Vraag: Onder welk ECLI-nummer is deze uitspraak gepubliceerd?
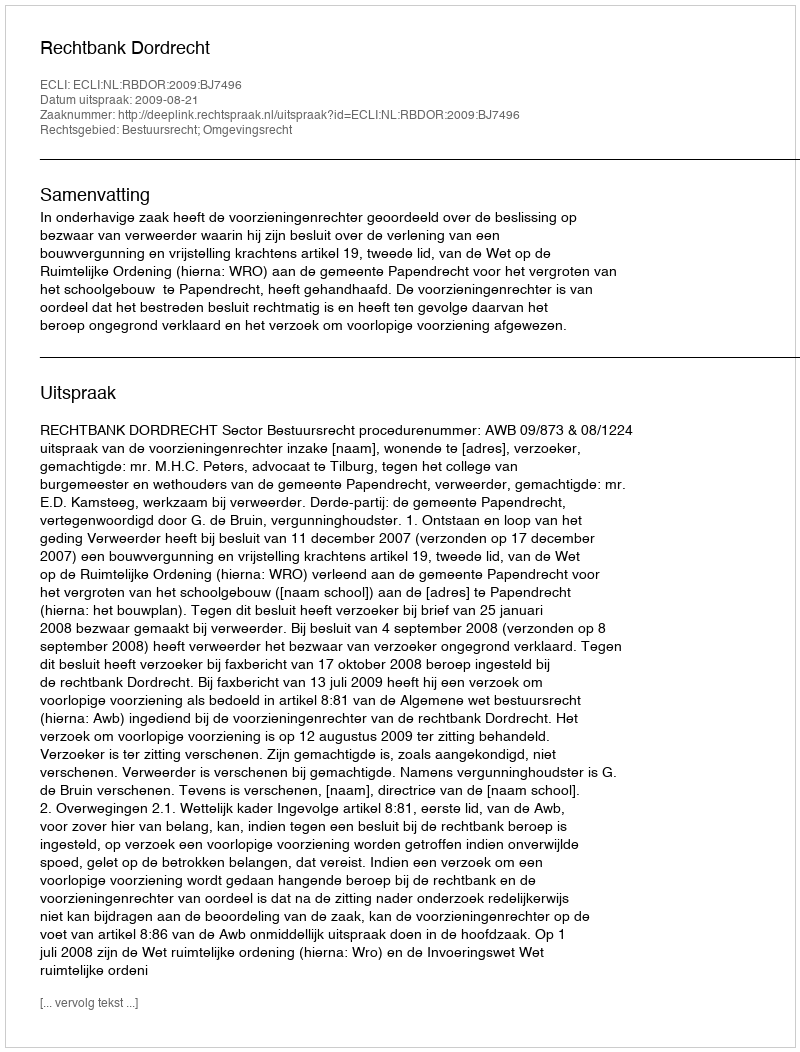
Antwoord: ECLI:NL:RBDOR:2009:BJ7496